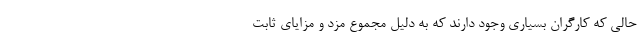
حالی که کارگران بسیاری وجود دارند که به دلیل مجموع مزد و مزایای ثابت